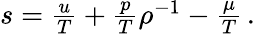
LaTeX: \begin{array}{r}{s=\frac{u}{T}+\frac{p}{T}\rho^{-1}-\frac{\mu}{T}\, .}\end{array}